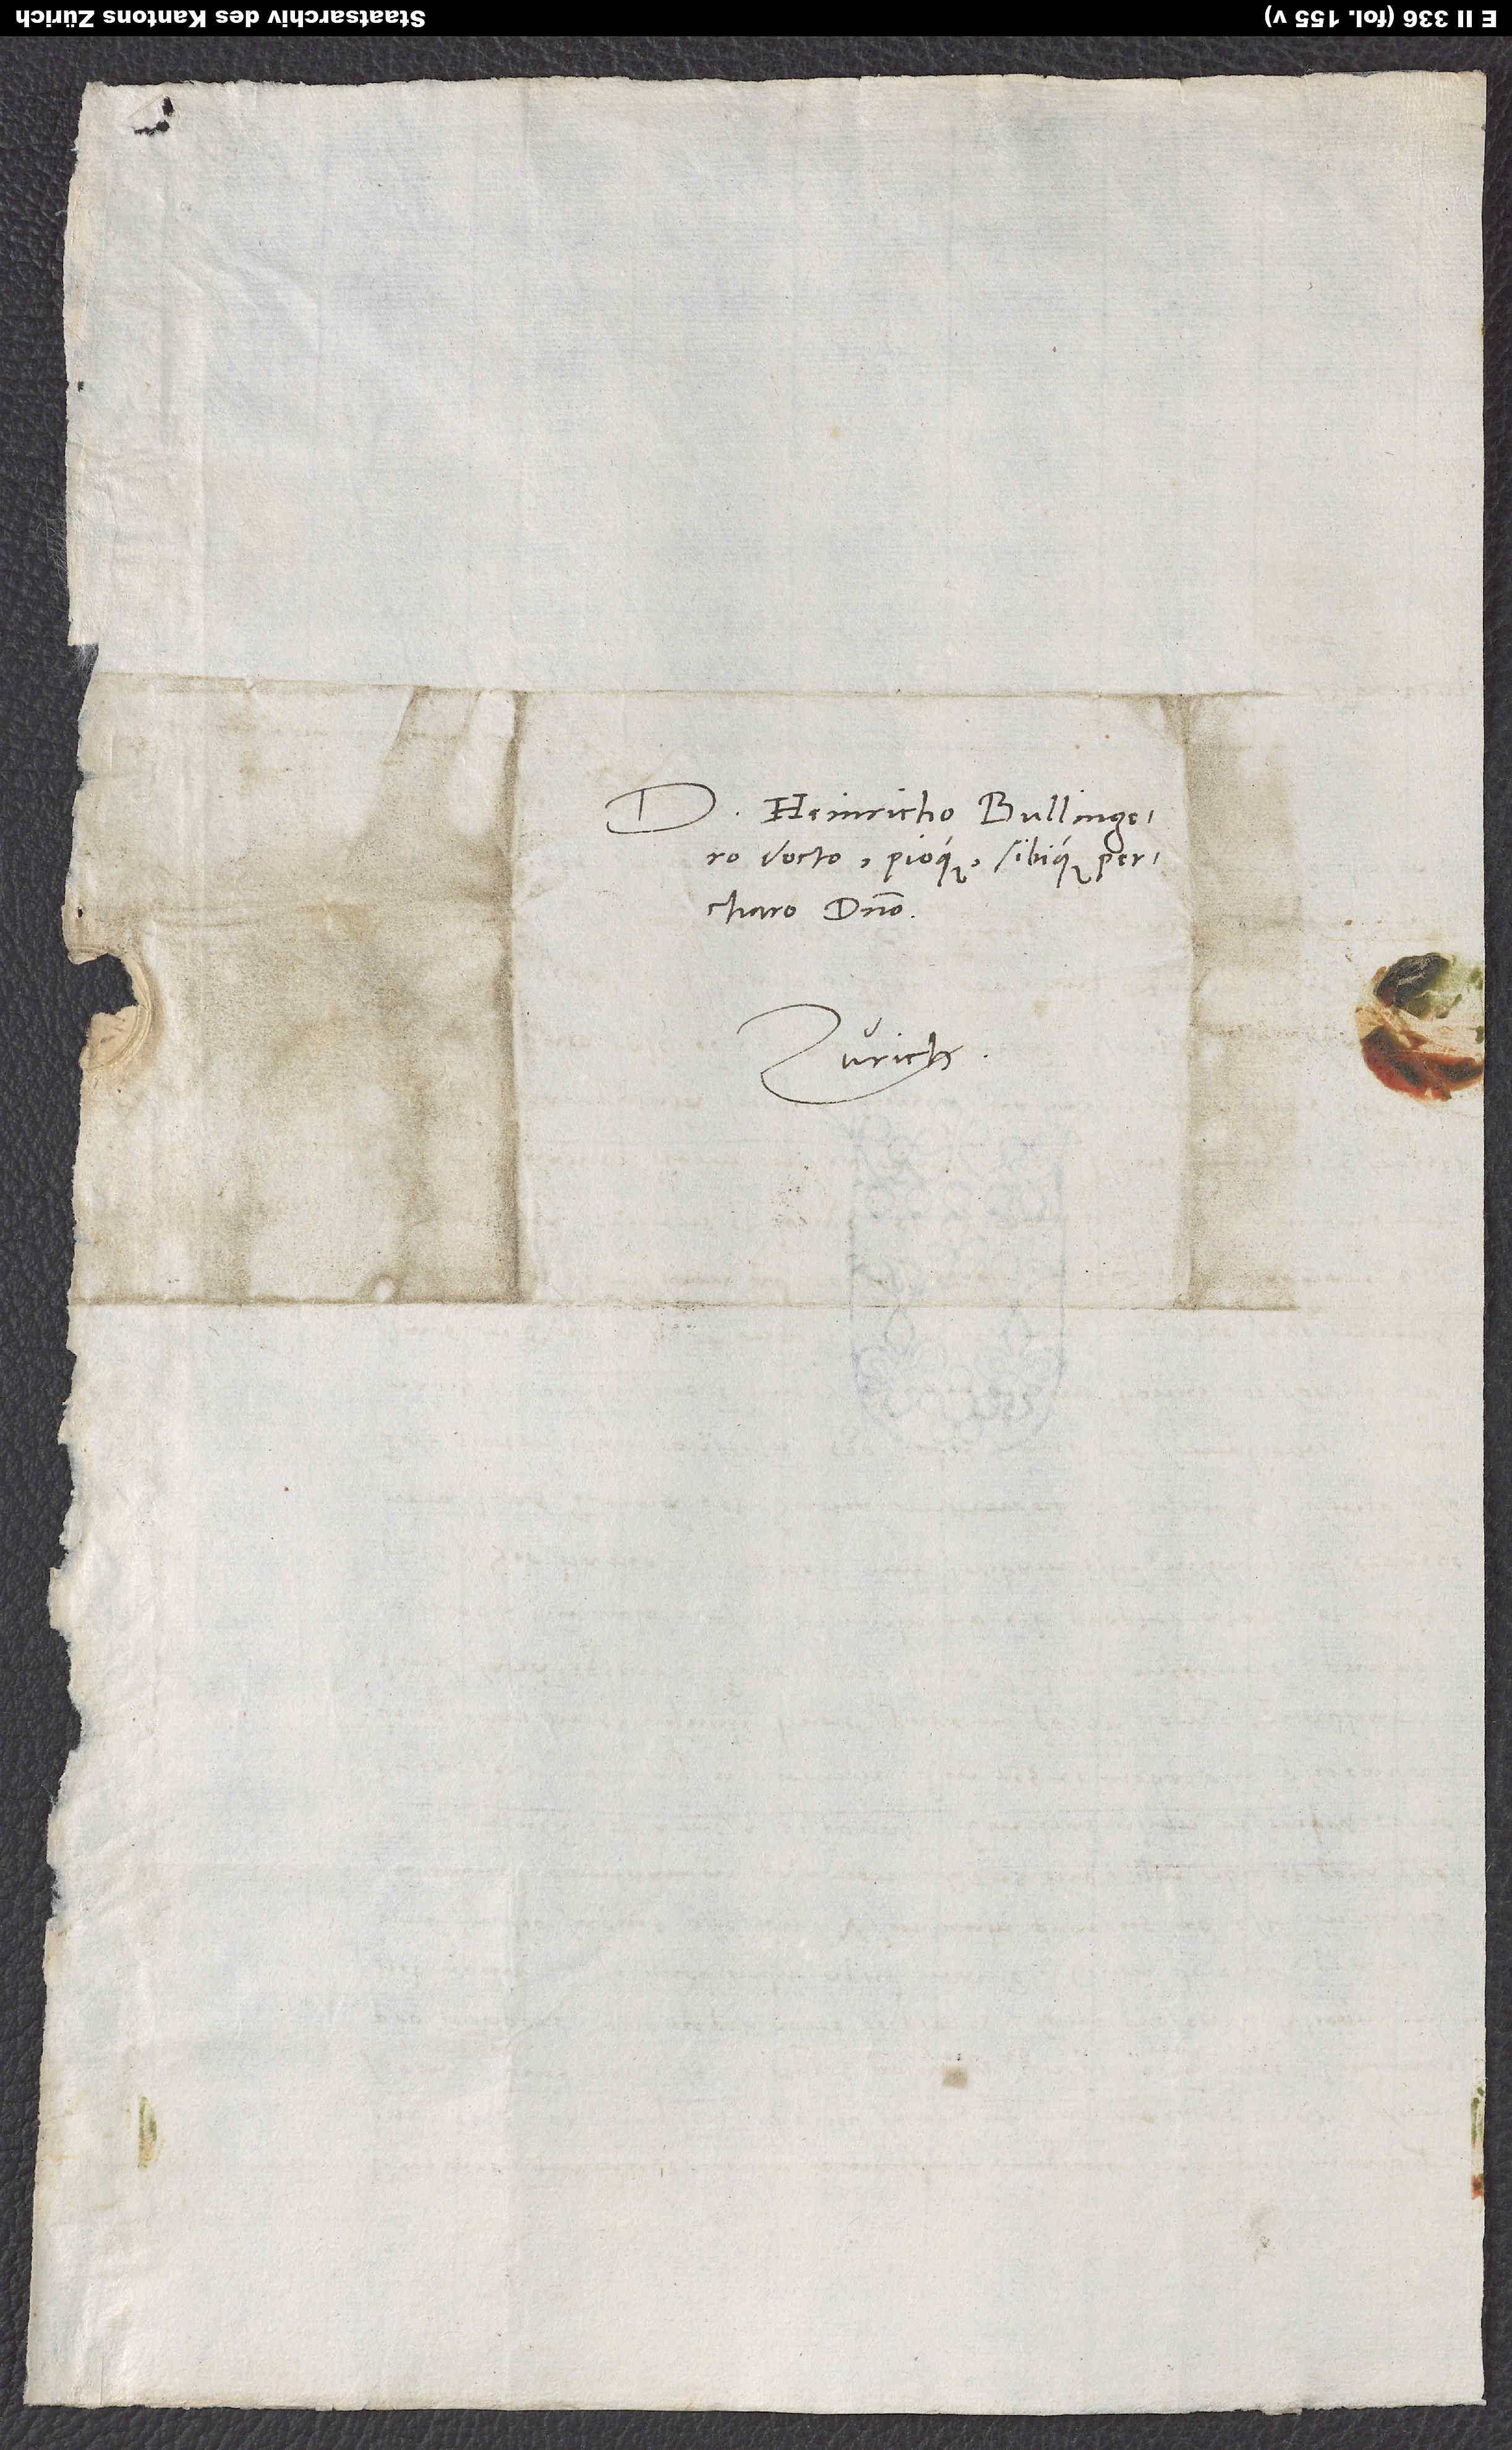
Domino Heinricho Bullingero,
docto pioque sibique percharo
Zürich.